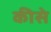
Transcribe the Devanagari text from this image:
कीसे